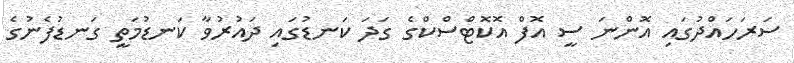
ސަރަހައްދުގައި އޮންނަ ސީ އޮފް އޮކޮޓްސްކްގެ ގަދަ ކަނޑުގައި ދައުރުވާ ކަނޑުމަތީ ގަނޑުފެނުގެ